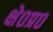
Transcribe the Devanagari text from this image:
क्षे०प्र०